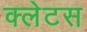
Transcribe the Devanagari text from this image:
क्लेटस